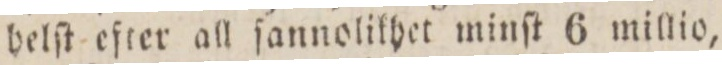
helſt efter all ſannolikhet minſt 6 millio,